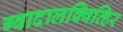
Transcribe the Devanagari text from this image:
ग्वादालक्विव्हिर